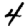
Digit: 4